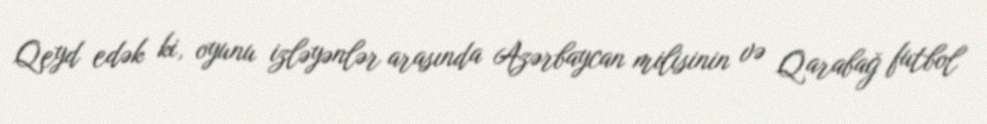
Qeyd edək ki, oyunu izləyənlər arasında Azərbaycan milisinin və Qarabağ futbol